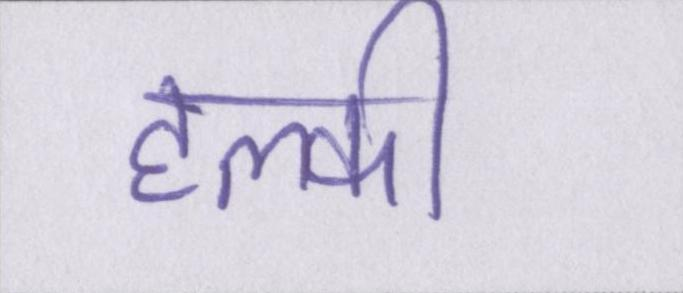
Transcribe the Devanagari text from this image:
हल्की